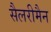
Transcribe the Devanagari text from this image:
सैलरीमैन